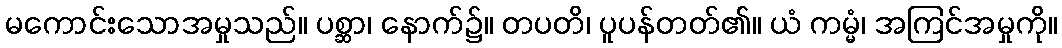
မကောင်းသောအမှုသည်။ ပစ္ဆာ၊ နောက်၌။ တပတိ၊ ပူပန်တတ်၏။ ယံ ကမ္မံ၊ အကြင်အမှုကို။